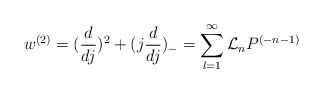
\begin{align*}w^{(2)}=(\frac{d}{dj})^{2}+(j \frac{d}{dj})_-=\sum_{l=1}^{\infty}{\cal L}_nP^{(-n-1)}\end{align*}